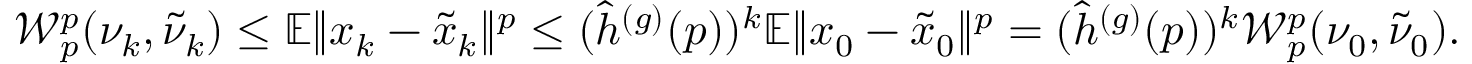
\mathcal { W } _ { p } ^ { p } ( \nu _ { k } , \tilde { \nu } _ { k } ) \leq \mathbb { E } \Vert x _ { k } - \tilde { x } _ { k } \Vert ^ { p } \leq ( \hat { h } ^ { ( g ) } ( p ) ) ^ { k } \mathbb { E } \Vert x _ { 0 } - \tilde { x } _ { 0 } \Vert ^ { p } = ( \hat { h } ^ { ( g ) } ( p ) ) ^ { k } \mathcal { W } _ { p } ^ { p } ( \nu _ { 0 } , \tilde { \nu } _ { 0 } ) .